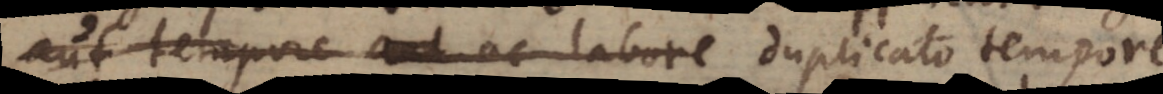
aut tempore aut ac labore duplicato tempore